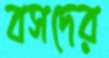
বসদের